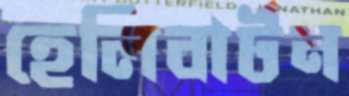
হেলিবার্টন